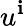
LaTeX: u^{\mathbf{i}}